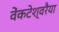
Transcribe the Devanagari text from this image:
वेंकटेश्वरैया